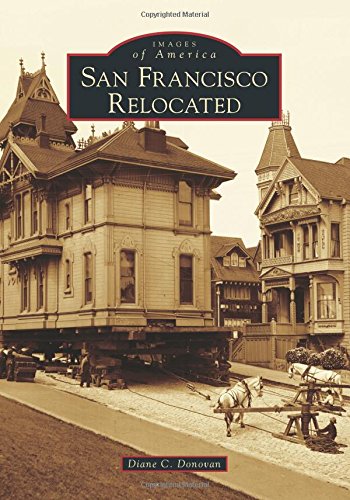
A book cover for San Francisco Relocated (Images of America); Diane C. Donovan; Arts & Photography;